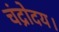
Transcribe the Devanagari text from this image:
चंद्रोदय।